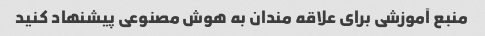
منبع آموزشی برای علاقه مندان به هوش مصنوعی پیشنهاد کنید